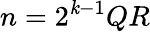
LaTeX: n=2^{\mathit{k}-1}QR